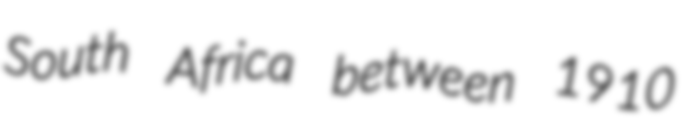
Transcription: South Africa between 1910